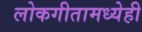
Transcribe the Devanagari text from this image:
लोकगीतामध्येही